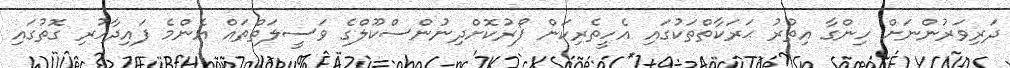
ދަރިވަރުންނަށް ހިންގާ އިތުރު ޙަރަކާތްތަކުގައި އެހީތެރިކަން ފޯރުކޮށްދިނުންސްކޫލްގެ ވަސީލަތްތައް އެންމެ ފައިދާހުރި ގޮތުގައި